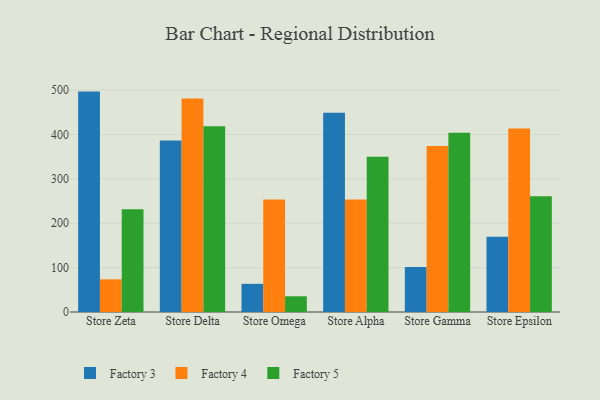
{"axis": {"x": "Store", "y": "Bounce Rate (%)"}, "legend": ["Factory 3", "Factory 4", "Factory 5"], "data": [{"x": "Store Zeta", "y": 496.5, "type": "Factory 3"}, {"x": "Store Zeta", "y": 73.6, "type": "Factory 4"}, {"x": "Store Zeta", "y": 231.5, "type": "Factory 5"}, {"x": "Store Delta", "y": 386.3, "type": "Factory 3"}, {"x": "Store Delta", "y": 480.8, "type": "Factory 4"}, {"x": "Store Delta", "y": 418.5, "type": "Factory 5"}, {"x": "Store Omega", "y": 63.5, "type": "Factory 3"}, {"x": "Store Omega", "y": 253.5, "type": "Factory 4"}, {"x": "Store Omega", "y": 35.4, "type": "Factory 5"}, {"x": "Store Alpha", "y": 449.1, "type": "Factory 3"}, {"x": "Store Alpha", "y": 253.3, "type": "Factory 4"}, {"x": "Store Alpha", "y": 349.8, "type": "Factory 5"}, {"x": "Store Gamma", "y": 101.4, "type": "Factory 3"}, {"x": "Store Gamma", "y": 374.2, "type": "Factory 4"}, {"x": "Store Gamma", "y": 403.6, "type": "Factory 5"}, {"x": "Store Epsilon", "y": 169.6, "type": "Factory 3"}, {"x": "Store Epsilon", "y": 413.3, "type": "Factory 4"}, {"x": "Store Epsilon", "y": 260.7, "type": "Factory 5"}]}